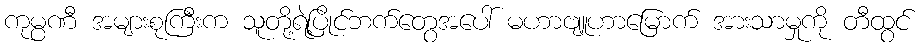
ကုမ္ပဏီ အများစုကြီးက သူတို့ရဲ့ပြိုင်ဘက်တွေအပေါ် မဟာဗျူဟာမြောက် အားသာမှုကို တီထွင်